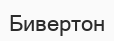
Бивертон